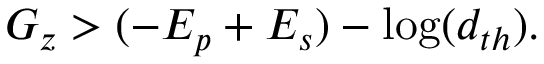
G _ { z } > ( - E _ { p } + E _ { s } ) - \log ( d _ { t h } ) .